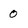
Character: 0